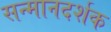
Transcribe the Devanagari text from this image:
सन्मानदर्शक